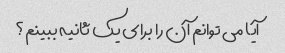
آیا می توانم آن را برای یک ثانیه ببینم؟